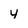
Character: y